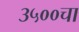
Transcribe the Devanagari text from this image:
३५००चा